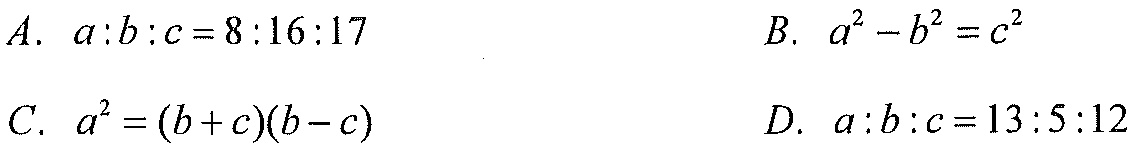
$A.\ a:b:c = 8:16:17\quad B.\ a^{2}-b^{2}=c^{2}\\C.\ a^{2}=(b + c)(b - c)\quad D.\ a:b:c = 13:5:12$